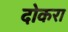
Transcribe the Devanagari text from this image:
दोकरा